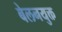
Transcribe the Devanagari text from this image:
बेलनयुक्त